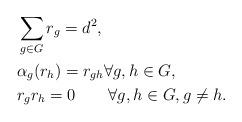
LaTeX: \begin{align*}\begin{aligned}&\sum_{g\in G}r_g=d^2,\\&\alpha_g(r_h)=r_{gh} \forall g,h\in G,\\&r_gr_h=0 \qquad\forall g,h\in G, g\neq h.\end{aligned}\end{align*}